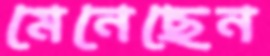
মেনেছেন